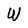
Character: W